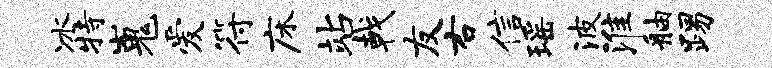
冰特嵬爱符床站戟友右信瑶波淮舳踢